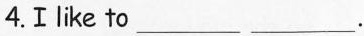
4.Ⅰlike to ___ ___.